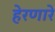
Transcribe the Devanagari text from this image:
हेरणारे